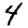
Digit: 4